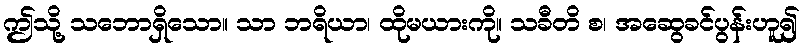
ဤသို့ သဘောရှိသော။ သာ ဘရိယာ၊ ထိုမယားကို။ သခီတိ စ၊ အဆွေခင်ပွန်းဟူ၍